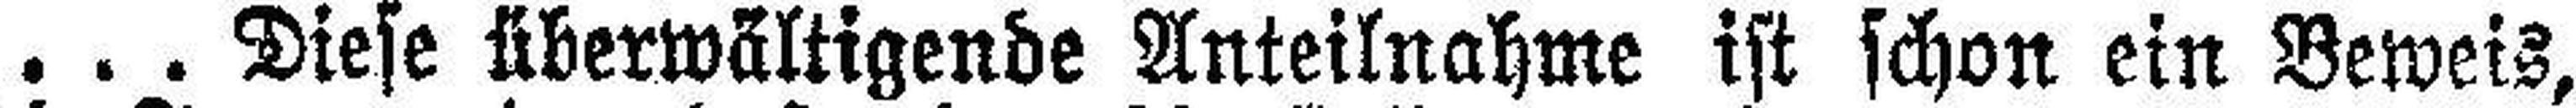
. . . Diese überwältigende Anteilnahme ist schon ein Beweis,